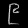
Digit: ၉